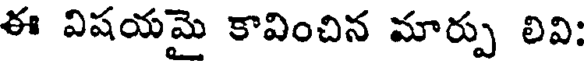
ఈ విషయమై కావించిన మార్పు లివి: